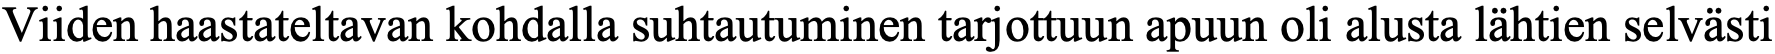
Viiden haastateltavan kohdalla suhtautuminen tarjottuun apuun oli alusta lähtien selvästi